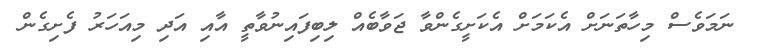
ނަމަވެސް މިހާތަނަށް އެކަމަށް އެކަށީގެންވާ ޖަވާބެއް ލިބިފައިނުވާތީ އާއި އަދި މިއަހަރު ފެށިގެން